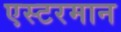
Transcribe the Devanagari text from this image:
एस्टरमान